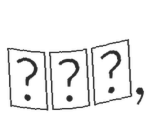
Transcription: ولي,